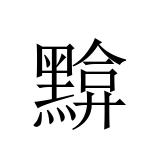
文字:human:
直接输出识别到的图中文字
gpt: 黭